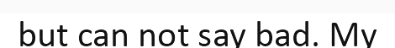
but can not say bad. My